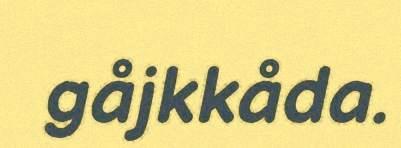
gåjkkåda.